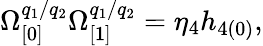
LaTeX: \Omega_{\lbrack 0]}^{q_{1}/q_{2}}\Omega_{\lbrack 1]}^{q_{1}/q_{2}}=\eta_{4}h_{4(0)},